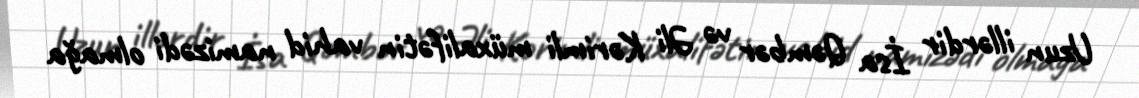
Uzun illərdir İsa Qəmbər və Əli Kərimli müxalifətin vahid namizədi olmağa